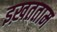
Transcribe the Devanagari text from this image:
इख़तताम